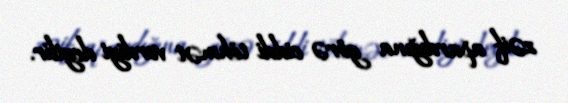
zəif apardığına görə ciddi töhmət verdiyi deyilir.